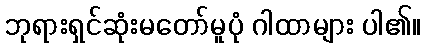
ဘုရားရှင်ဆုံးမတော်မူပုံ ဂါထာများ ပါ၏။